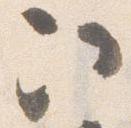
次